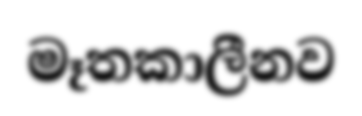
මෑතකාලීනව